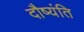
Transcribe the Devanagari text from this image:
दौष्यंति